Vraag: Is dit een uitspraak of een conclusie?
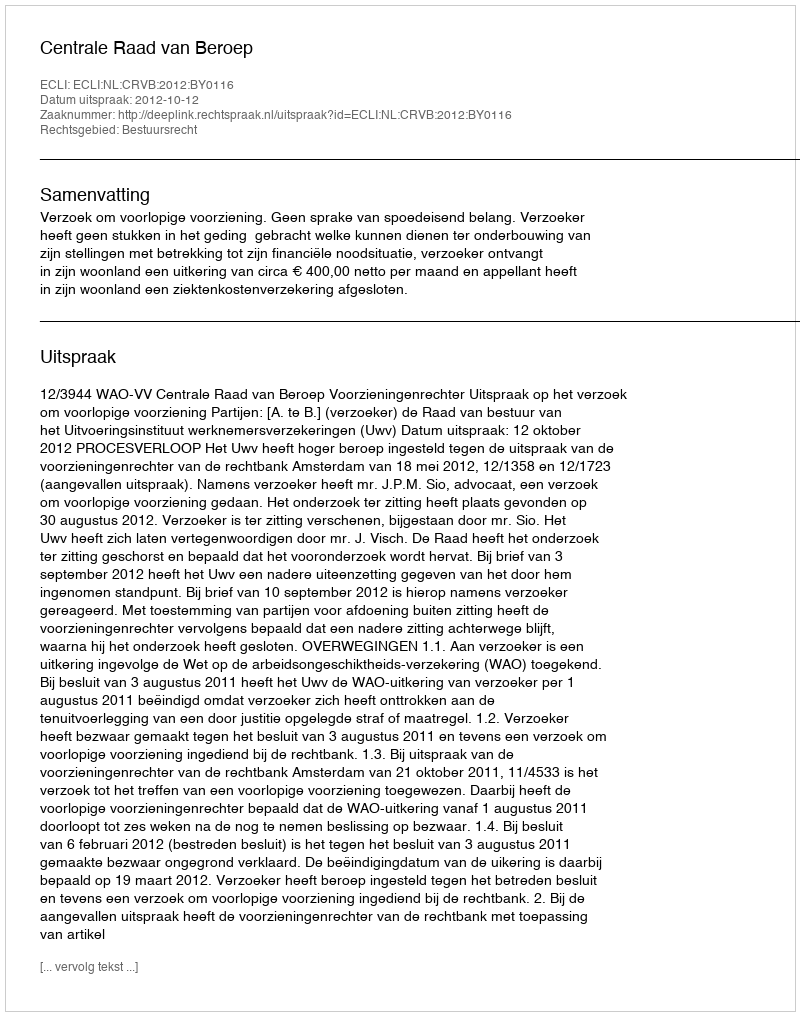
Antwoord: Uitspraak